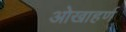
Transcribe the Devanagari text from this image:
ओखाहर्ण